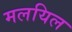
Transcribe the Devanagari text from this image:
मलयिल